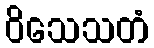
ဝိသေသတံ